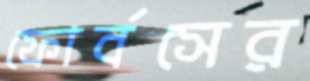
ফোর্বসের